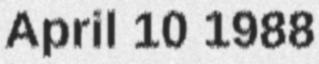
April 10 1988